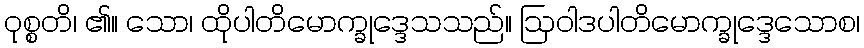
ဝုစ္စတိ၊ ၏။ သော၊ ထိုပါတိမောက္ခုဒ္ဒေသသည်။ ဩဝါဒပါတိမောက္ခုဒ္ဒေသောစ၊